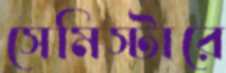
সেমিস্টারে